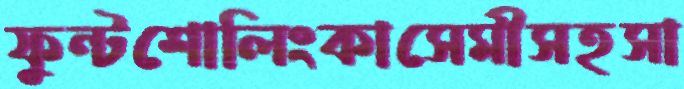
ফুন্টশোলিংকাসেমীসহসা